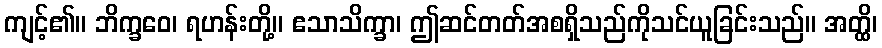
ကျင့်၏။ ဘိက္ခဝေ၊ ရဟန်းတို့။ ဧသာသိက္ခာ၊ ဤဆင်တတ်အစရှိသည်ကိုသင်ယူခြင်းသည်။ အတ္ထိ၊